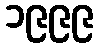
၁၉၉၉